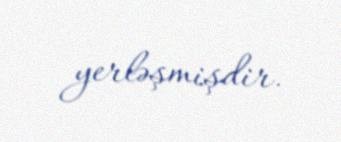
yerləşmişdir.